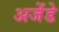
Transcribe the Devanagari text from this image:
अजेंडे